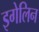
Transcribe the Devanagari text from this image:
इगेलिन